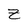
Character: Z